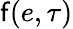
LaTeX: \mathsf{f}(e,\tau)